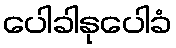
ပေါခါနုပေါခံ